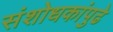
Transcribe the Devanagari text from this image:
संशोधकांपुढे